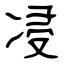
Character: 㓎